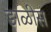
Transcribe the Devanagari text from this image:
डाळीस